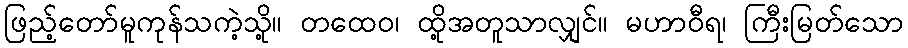
ဖြည့်တော်မူကုန်သကဲ့သို့။ တထေဝ၊ ထို့အတူသာလျှင်။ မဟာဝီရ၊ ကြီးမြတ်သော